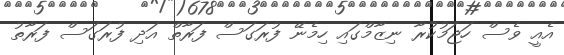
އެއީ ވެސް ހަޖަމުކުރާ ނިޒާމްގައި ހިމެނޭ ފުރަގަސް ފަރާތް އަދި ފުރަގަސް ފަރާތު